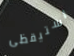
استيقظى